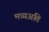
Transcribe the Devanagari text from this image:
मध्यअति